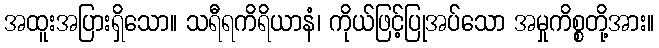
အထူးအပြားရှိသော။ သရီရကိရိယာနံ၊ ကိုယ်ဖြင့်ပြုအပ်သော အမှုကိစ္စတို့အား။